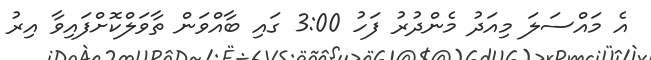
އެ މައްސަލަ މިއަދު މެންދުރު ފަހު 3:00 ގައި ބާއްވަން ތާވަލްކޮށްފައިވާ އިރު